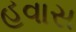
હવાસ